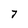
Character: 7